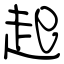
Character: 起